NAE_ERA_R-2324_Eesti_Vabariigi_Pohiseaduslik_Assamblee, lk 35
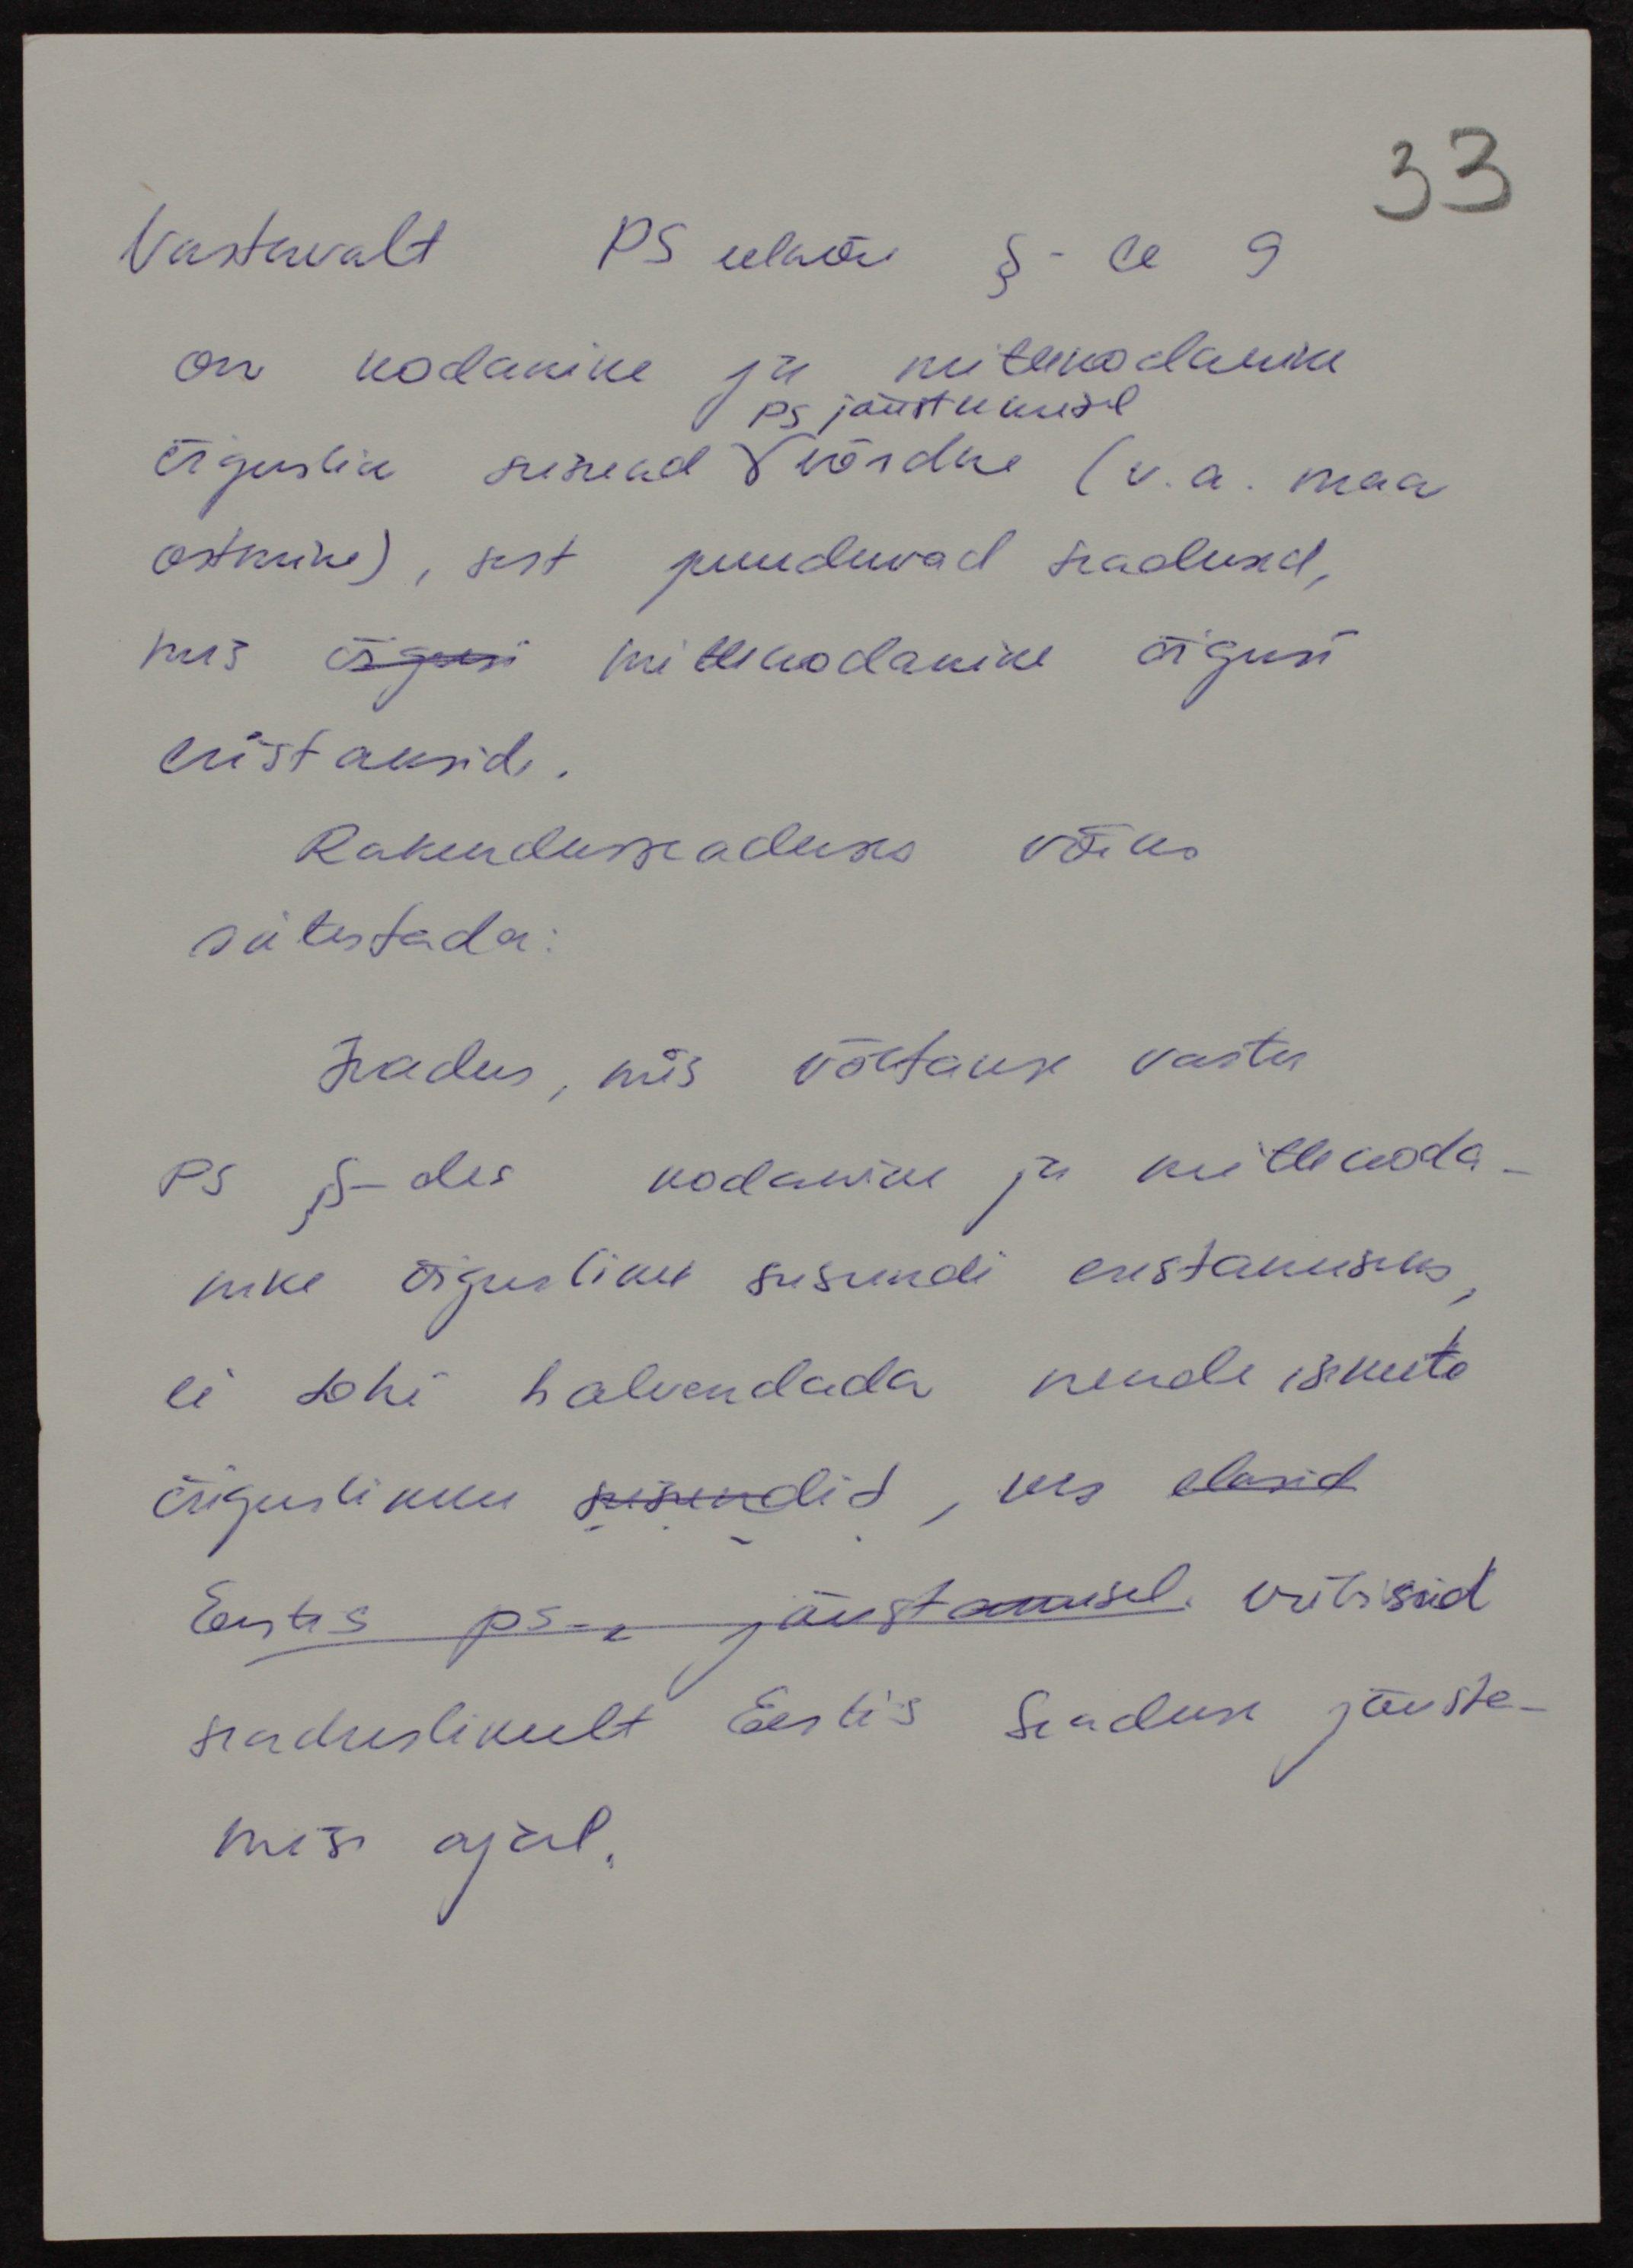
Vastavalt PS eelnõu §-le 9
on kodanike ja mittekodanikke
PS jõustumisel
õiguslik seisund võrdne (v.a. maa
ostmine), sest puuduvad seadused,
mis õigusi mittekodanike õigusi
eristaksid.
Rakenduseaduses võiks
sätestada:
Seadus, mis võetakse vastu
PS §-des kodanike ja mittekoda-
nike õigusliku seisundi eristamiseks
ei tohi halvendada nende isikute
õiguslikku seisundid, kes elasid
Eestis ps-e jõustamisel. viibisid
seaduslikult Eestis Seaduse jõuste-
mise ajal.